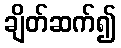
ချိတ်ဆက်၍